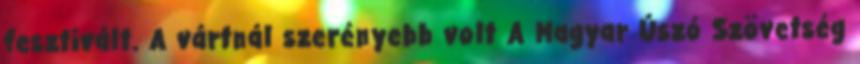
fesztivált. A vártnál szerényebb volt A Magyar Úszó Szövetség